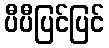
ပီပီပြင်ပြင်